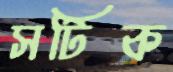
সটিক